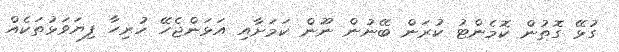
ގުޅޭ ގޮތުން ކޮމެންޓު ކުރަން ބޭނުން ނޫން ކަމަށާއި އަޅަންޖެހޭ ހުރިހާ ފިޔަވަޅުތަކެއް